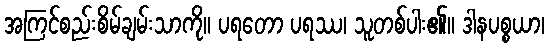
အကြင်စည်းစိမ်ချမ်းသာကို။ ပရတော ပရဿ၊ သူတစ်ပါး၏။ ဒါနပစ္စယာ၊